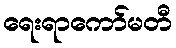
ရေးရာကော်မတီ